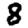
Digit: 8